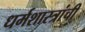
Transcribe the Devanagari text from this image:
धर्मशास्त्रांची